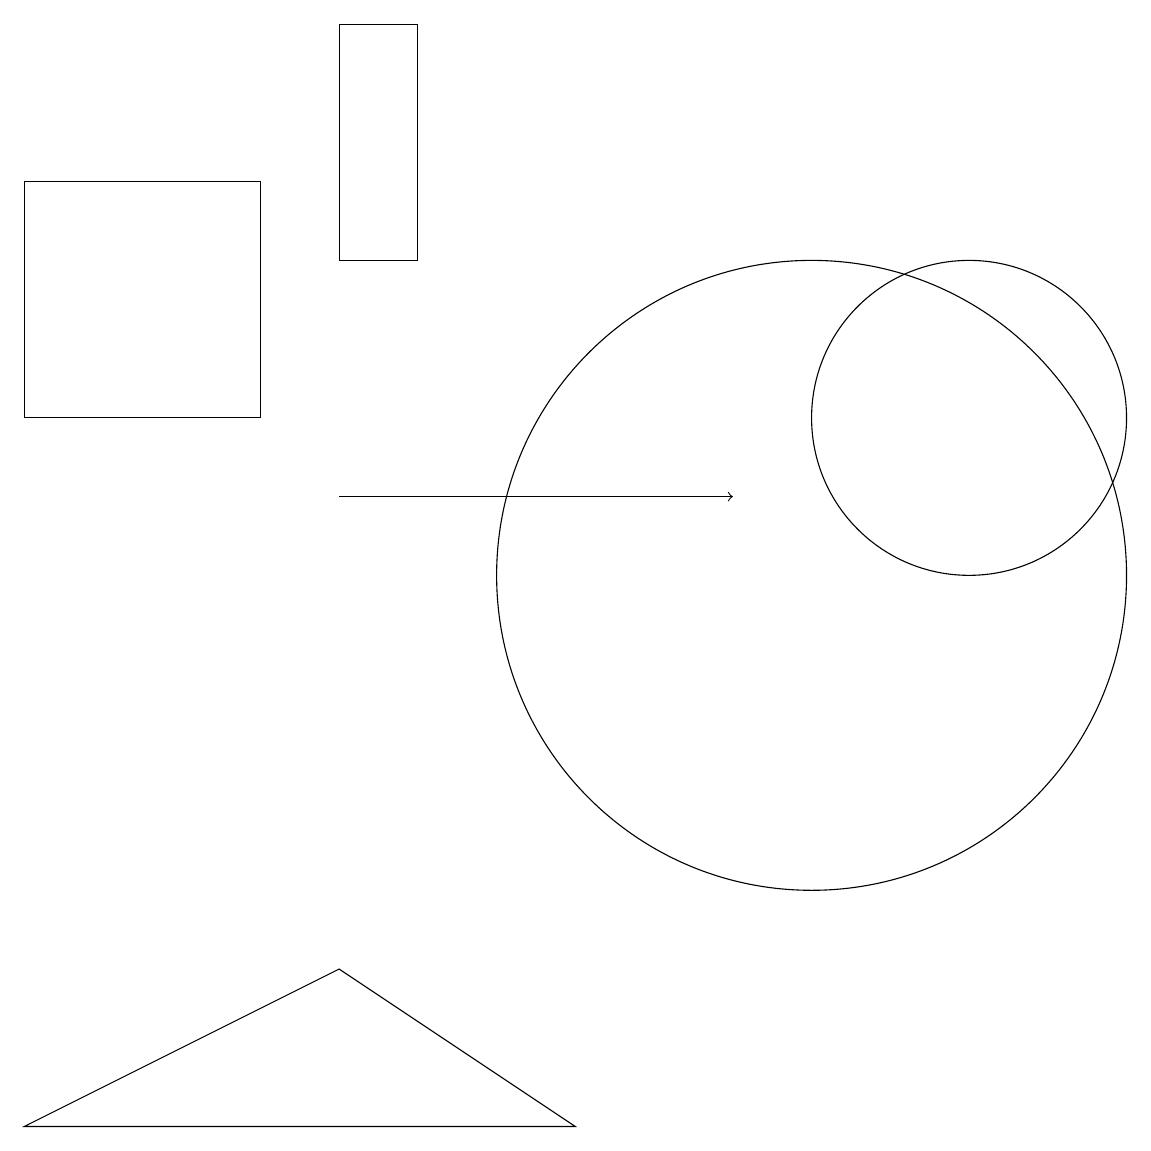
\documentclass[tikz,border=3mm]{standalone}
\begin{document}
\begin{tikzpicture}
\draw[->] (4,11) -- (9,11);
\draw (0,15) rectangle (3,12);
\draw (0,3) -- (4,5) -- (7,3) -- cycle;
\draw (12,12) circle (2);
\draw (10,10) circle (4);
\draw (4,14) rectangle (5,17);
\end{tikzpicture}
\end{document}